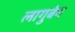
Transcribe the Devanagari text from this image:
लागुबेन